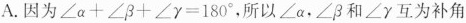
A.因为$$\angle \alpha +\angle \beta +\angle \gamma 180^{\circ}$$，所以\angle \alpha ，\angle \beta和\angle \gamma 互为补角